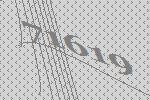
71619